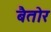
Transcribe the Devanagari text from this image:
बैतोर